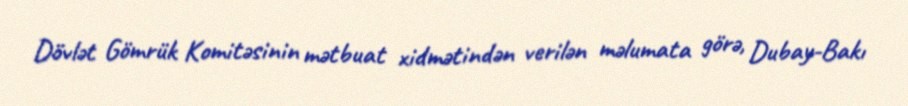
Dövlət Gömrük Komitəsinin mətbuat xidmətindən verilən məlumata görə, Dubay-Bakı